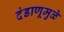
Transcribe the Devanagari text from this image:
दंडाणूमुळे